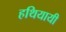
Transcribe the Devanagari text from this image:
हथियायी